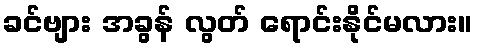
ခင်ဗျား အခွန် လွတ် ရောင်းနိုင်မလား။